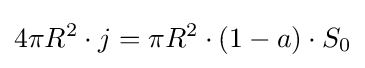
4\pi R^{2}\cdot j=\pi R^{2}\cdot (1-a)\cdot S_{0}